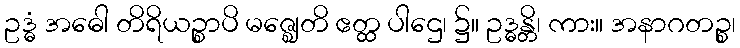
ဥဒ္ဓံ အဓေါ တိရိယဉ္စာပိ မဇ္ဈေတိ ဧတ္ထ ပါဌေ၊ ၌။ ဥဒ္ဓန္တိ၊ ကား။ အနာဂတဉ္စ၊